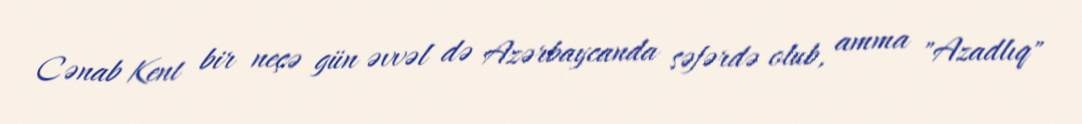
Cənab Kent bir neçə gün əvvəl də Azərbaycanda səfərdə olub, amma "Azadlıq"